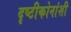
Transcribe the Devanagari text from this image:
दृष्टीकोनांशी